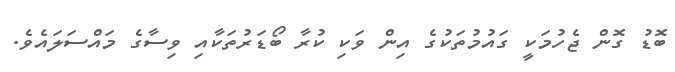
ބޮޑު ގޮން ޖެހުމަކީ ގައުމުތަކުގެ އިން ވަކި ކުރާ ބޯޑަރުތަކާއި ވިސާގެ މައްސަލައެވެ.